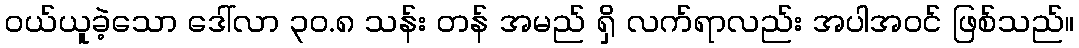
ဝယ်ယူခဲ့သော ဒေါ်လာ ၃၀.၈ သန်း တန် အမည် ရှိ လက်ရာလည်း အပါအဝင် ဖြစ်သည်။